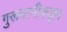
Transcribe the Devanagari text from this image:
गुरूपत्‍नीकडून